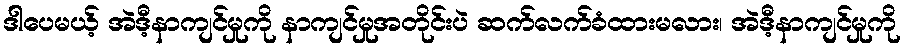
ဒါပေမယ့် အဲဒီ့နာကျင်မှုကို နာကျင်မှုအတိုင်းပဲ ဆက်လက်ခံထားမလား၊ အဲဒီ့နာကျင်မှုကို